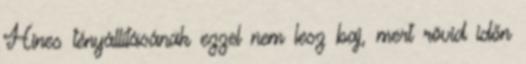
Hines tényállításának ezzel nem lesz baj, mert rövid időn